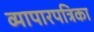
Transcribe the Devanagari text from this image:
व्यापारपत्रिका